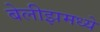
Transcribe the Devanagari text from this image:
बेलीझमध्ये